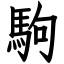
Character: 駒